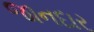
જાનદાર